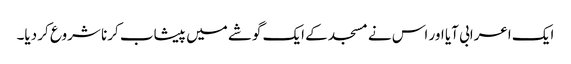
ایک اعرابی آیا اور اس نے مسجد کے ایک گوشے میں پیشاب کرنا شروع کر دیا۔